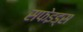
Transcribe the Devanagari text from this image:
सफेइड्स